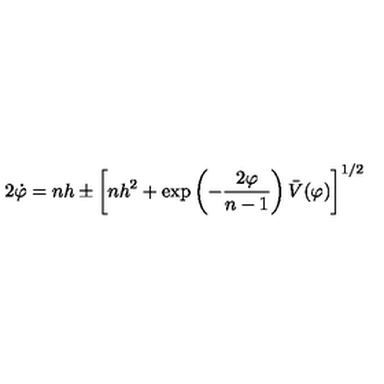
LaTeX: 2 \dot { \varphi } = n h \pm \left[ n h ^ { 2 } + \exp \left( - \frac { 2 \varphi } { n - 1 } \right) \bar { V } ( \varphi ) \right] ^ { 1 / 2 }